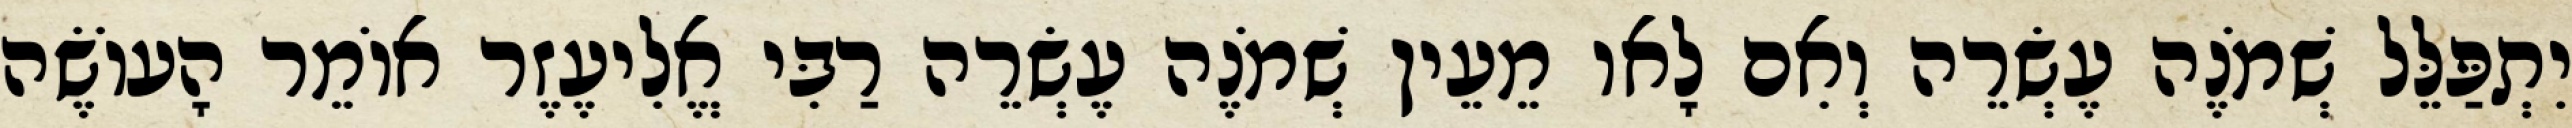
יִתְפַּלֵּל שְׁמֹנֶה עֶשְׂרֵה וְאִם לָאו מֵעֵין שְׁמֹנֶה עֶשְׂרֵה רַבִּי אֱלִיעֶזֶר אוֹמֵר הָעוֹשֶׂה